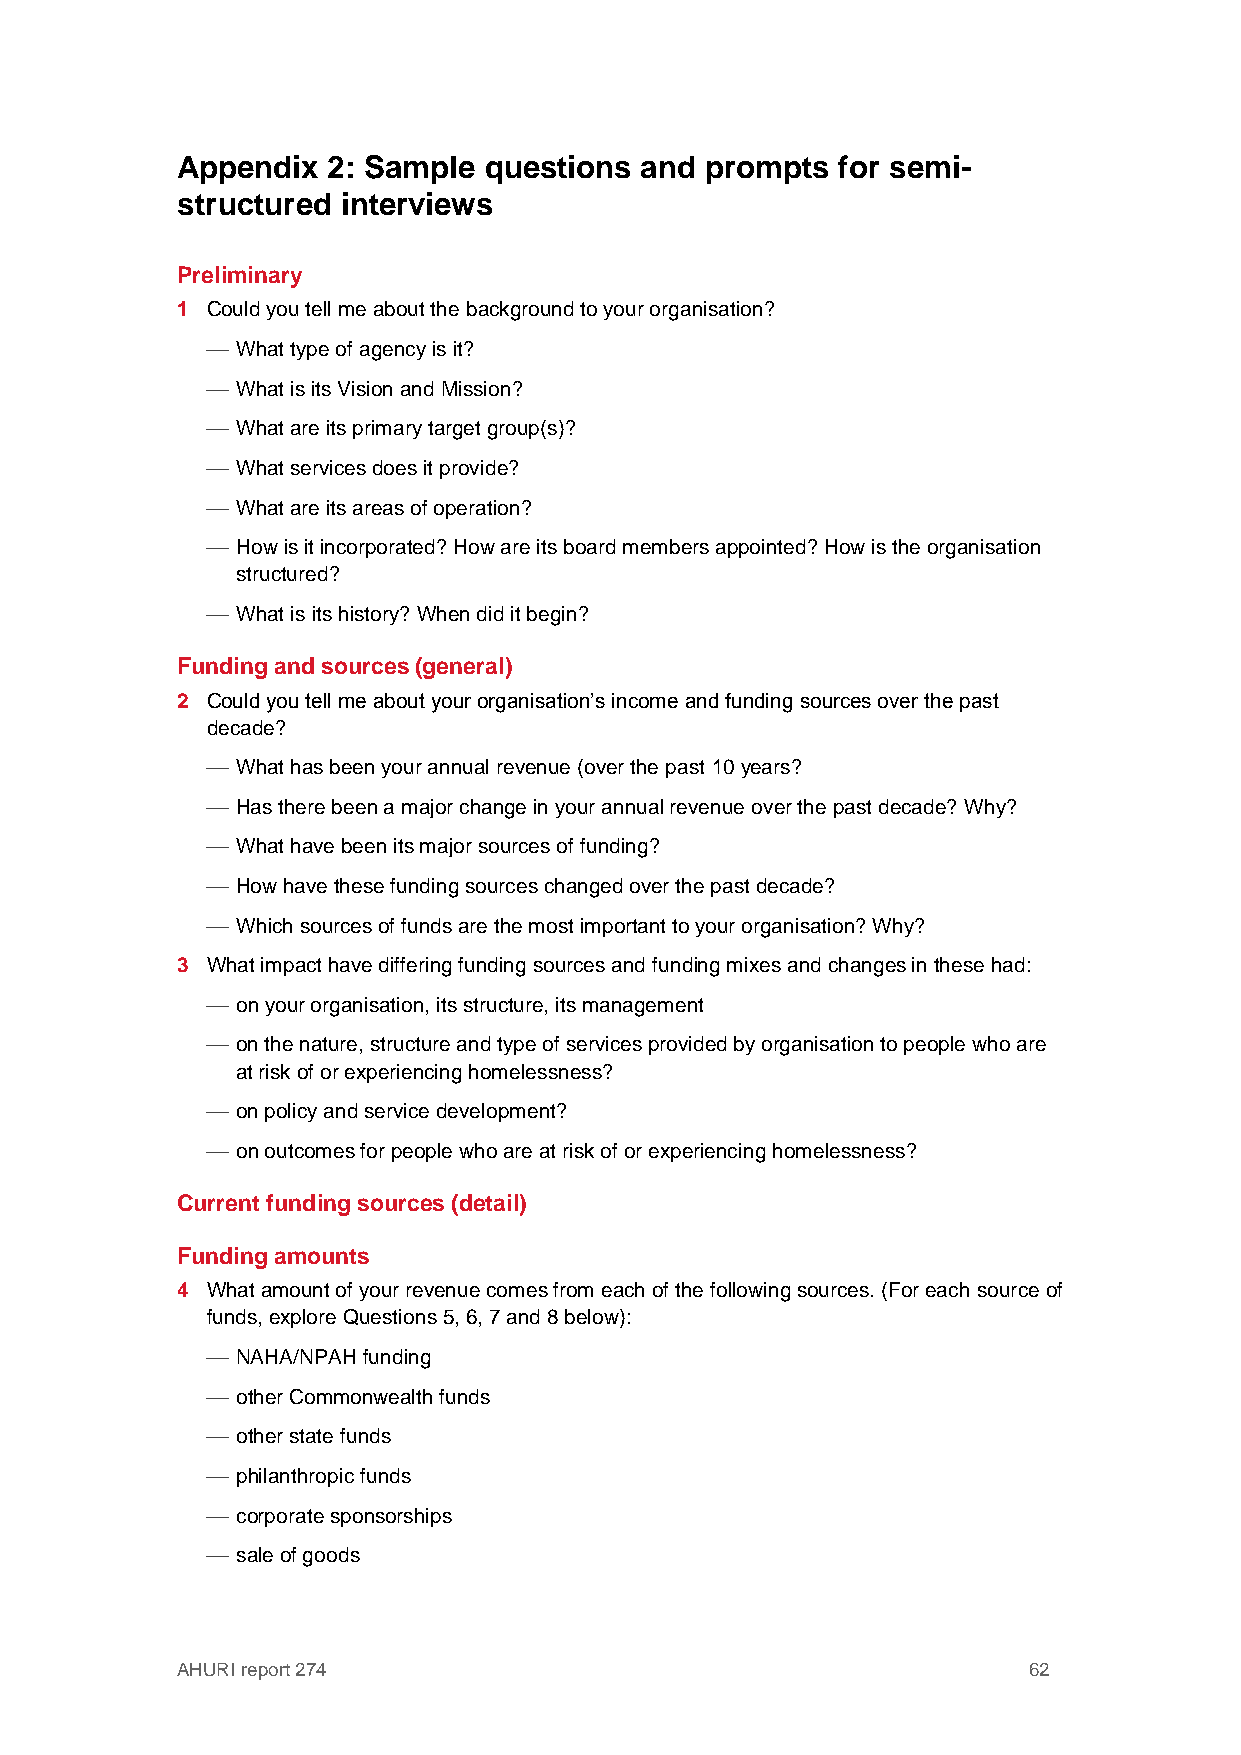
Appendix  2: Sample questions and  prompts  for semi-
 structured interviews
 Preliminary
 1 Could you tell me about the background to your organisation?
  What type of agency is it?
  What is its Vision and Mission?
  What are its primary target group(s)?
  What services does it provide?
  What are its areas of operation?
  How is it incorporated? How are its board members appointed? How is the organisation
 structured?
  What is its history? When did it begin?
 Funding and sources (general)
 2 Could you tell me about your organisation’s income and funding sources over the past
 decade?
  What has been your annual revenue (over the past 10 years?
  Has there been a major change in your annual revenue over the past decade? Why?
  What have been its major sources of funding?
  How have these funding sources changed over the past decade?
  Which sources of funds are the most important to your organisation? Why?
 3 What impact have differing funding sources and funding mixes and changes in these had:
  on your organisation, its structure, its management
  on the nature, structure and type of services provided by organisation to people who are
 at risk of or experiencing homelessness?
  on policy and service development?
  on outcomes for people who are at risk of or experiencing homelessness?
 Current funding sources (detail)
 Funding amounts
 4 What amount of your revenue comes from each of the following sources. (For each source of
 funds, explore Questions 5, 6, 7 and 8 below):
  NAHA/NPAH funding
  other Commonwealth funds
  other state funds
  philanthropic funds
  corporate sponsorships
  sale of goods
 AHURI report 274                                        62